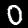
Digit: 0